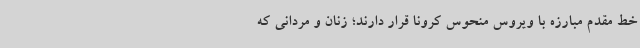
خط مقدم مبارزه با ویروس منحوس کرونا قرار دارند؛ زنان و مردانی که